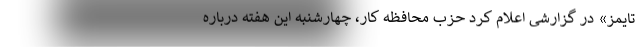
تایمز» در گزارشی اعلام کرد حزب محافظه کار، چهارشنبه این هفته درباره